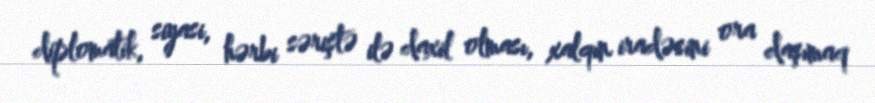
diplomatik, siyasi, hərbi səriştə ilə daxil olması, xalqın iradəsini ora daşımaq